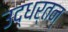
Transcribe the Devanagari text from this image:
उद्धर्तन्